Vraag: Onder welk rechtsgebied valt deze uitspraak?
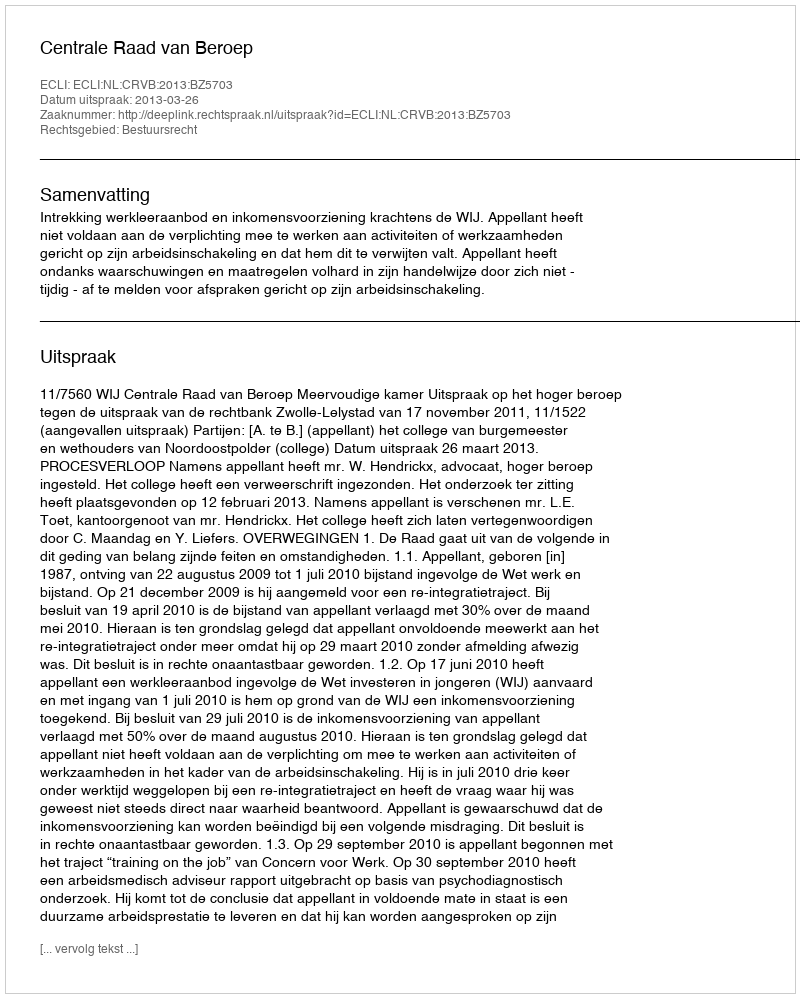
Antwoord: Bestuursrecht